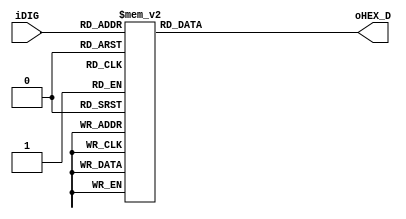
module SEG_HEX
	(
		////////////////////	4 Binary bits Input	 	////////////////////	 
		iDIG,							
		////////////////////	HEX 7-SEG Output	 	////////////////////	 
		oHEX_D		
	);

////////////////////////	Binary bis Input	 ////////////////////////
input	  [3:0]   iDIG;				
////////////////////	HEX 7-SEG Output	 	////////////////////	 
output	  [6:0]	  oHEX_D;   


//=======================================================
//  REG/WIRE declarations
//=======================================================

reg	  [6:0]	  oHEX_D;	

//=======================================================
//  Structural coding
//=======================================================
always @(iDIG) 
        begin
			case(iDIG)
			4'h0: oHEX_D <= 7'b1000000; //0  
			4'h1: oHEX_D <= 7'b1111001; //1
			4'h2: oHEX_D <= 7'b0100100; //2
			4'h3: oHEX_D <= 7'b0110000; //3
			4'h4: oHEX_D <= 7'b0011001; //4
			4'h5: oHEX_D <= 7'b0010010; //5
			4'h6: oHEX_D <= 7'b0000010; //6
			4'h7: oHEX_D <= 7'b1111000; //7
			4'h8: oHEX_D <= 7'b0000000; //8
			4'h9: oHEX_D <= 7'b0011000; //9
			4'ha: oHEX_D <= 7'b0001000; //a
			4'hb: oHEX_D <= 7'b0000011; //b
			4'hc: oHEX_D <= 7'b1000110; //c
			4'hd: oHEX_D <= 7'b0100001; //d
			4'he: oHEX_D <= 7'b0000110; //e
			4'hf: oHEX_D <= 7'b0001110; //f
	     default: oHEX_D <= 7'b1000000; //0
			endcase
		end

endmodule